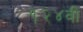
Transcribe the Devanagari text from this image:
१२४वी